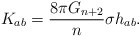
\begin{align*}K_{ab}= \frac{8\pi G_{n+2}}{n}\sigma h_{ab}.\end{align*}